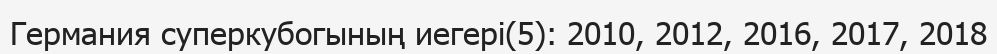
Германия суперкубогының иегері(5): 2010, 2012, 2016, 2017, 2018